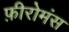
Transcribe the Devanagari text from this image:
फ़ीरोमंस